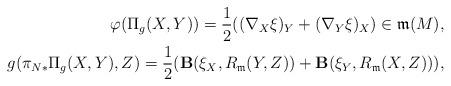
LaTeX: \begin{align*}\varphi(\Pi_g(X,Y))=\frac{1}{2}((\nabla_X\xi)_Y+(\nabla_Y\xi)_X)\in\mathfrak{m}(M), \\g(\pi_{N\ast}\Pi_g(X,Y),Z) =\frac{1}{2}({\bf B}(\xi_X,R_{\mathfrak{m}}(Y,Z))+{\bf B}(\xi_Y,R_{\mathfrak{m}}(X,Z))), \end{align*}